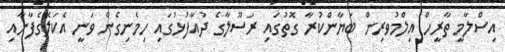
އިސްލާމީ ތާރީހް އިލްމުވރިން ބަޔާންކުރާ ގޮތުގައި ރަސޫލާގެ ދުއާފުޅުގައި ހިމެނިގެން ވަނީ އެކަލޭގެފާނާއި